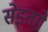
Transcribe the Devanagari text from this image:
सेइतरो